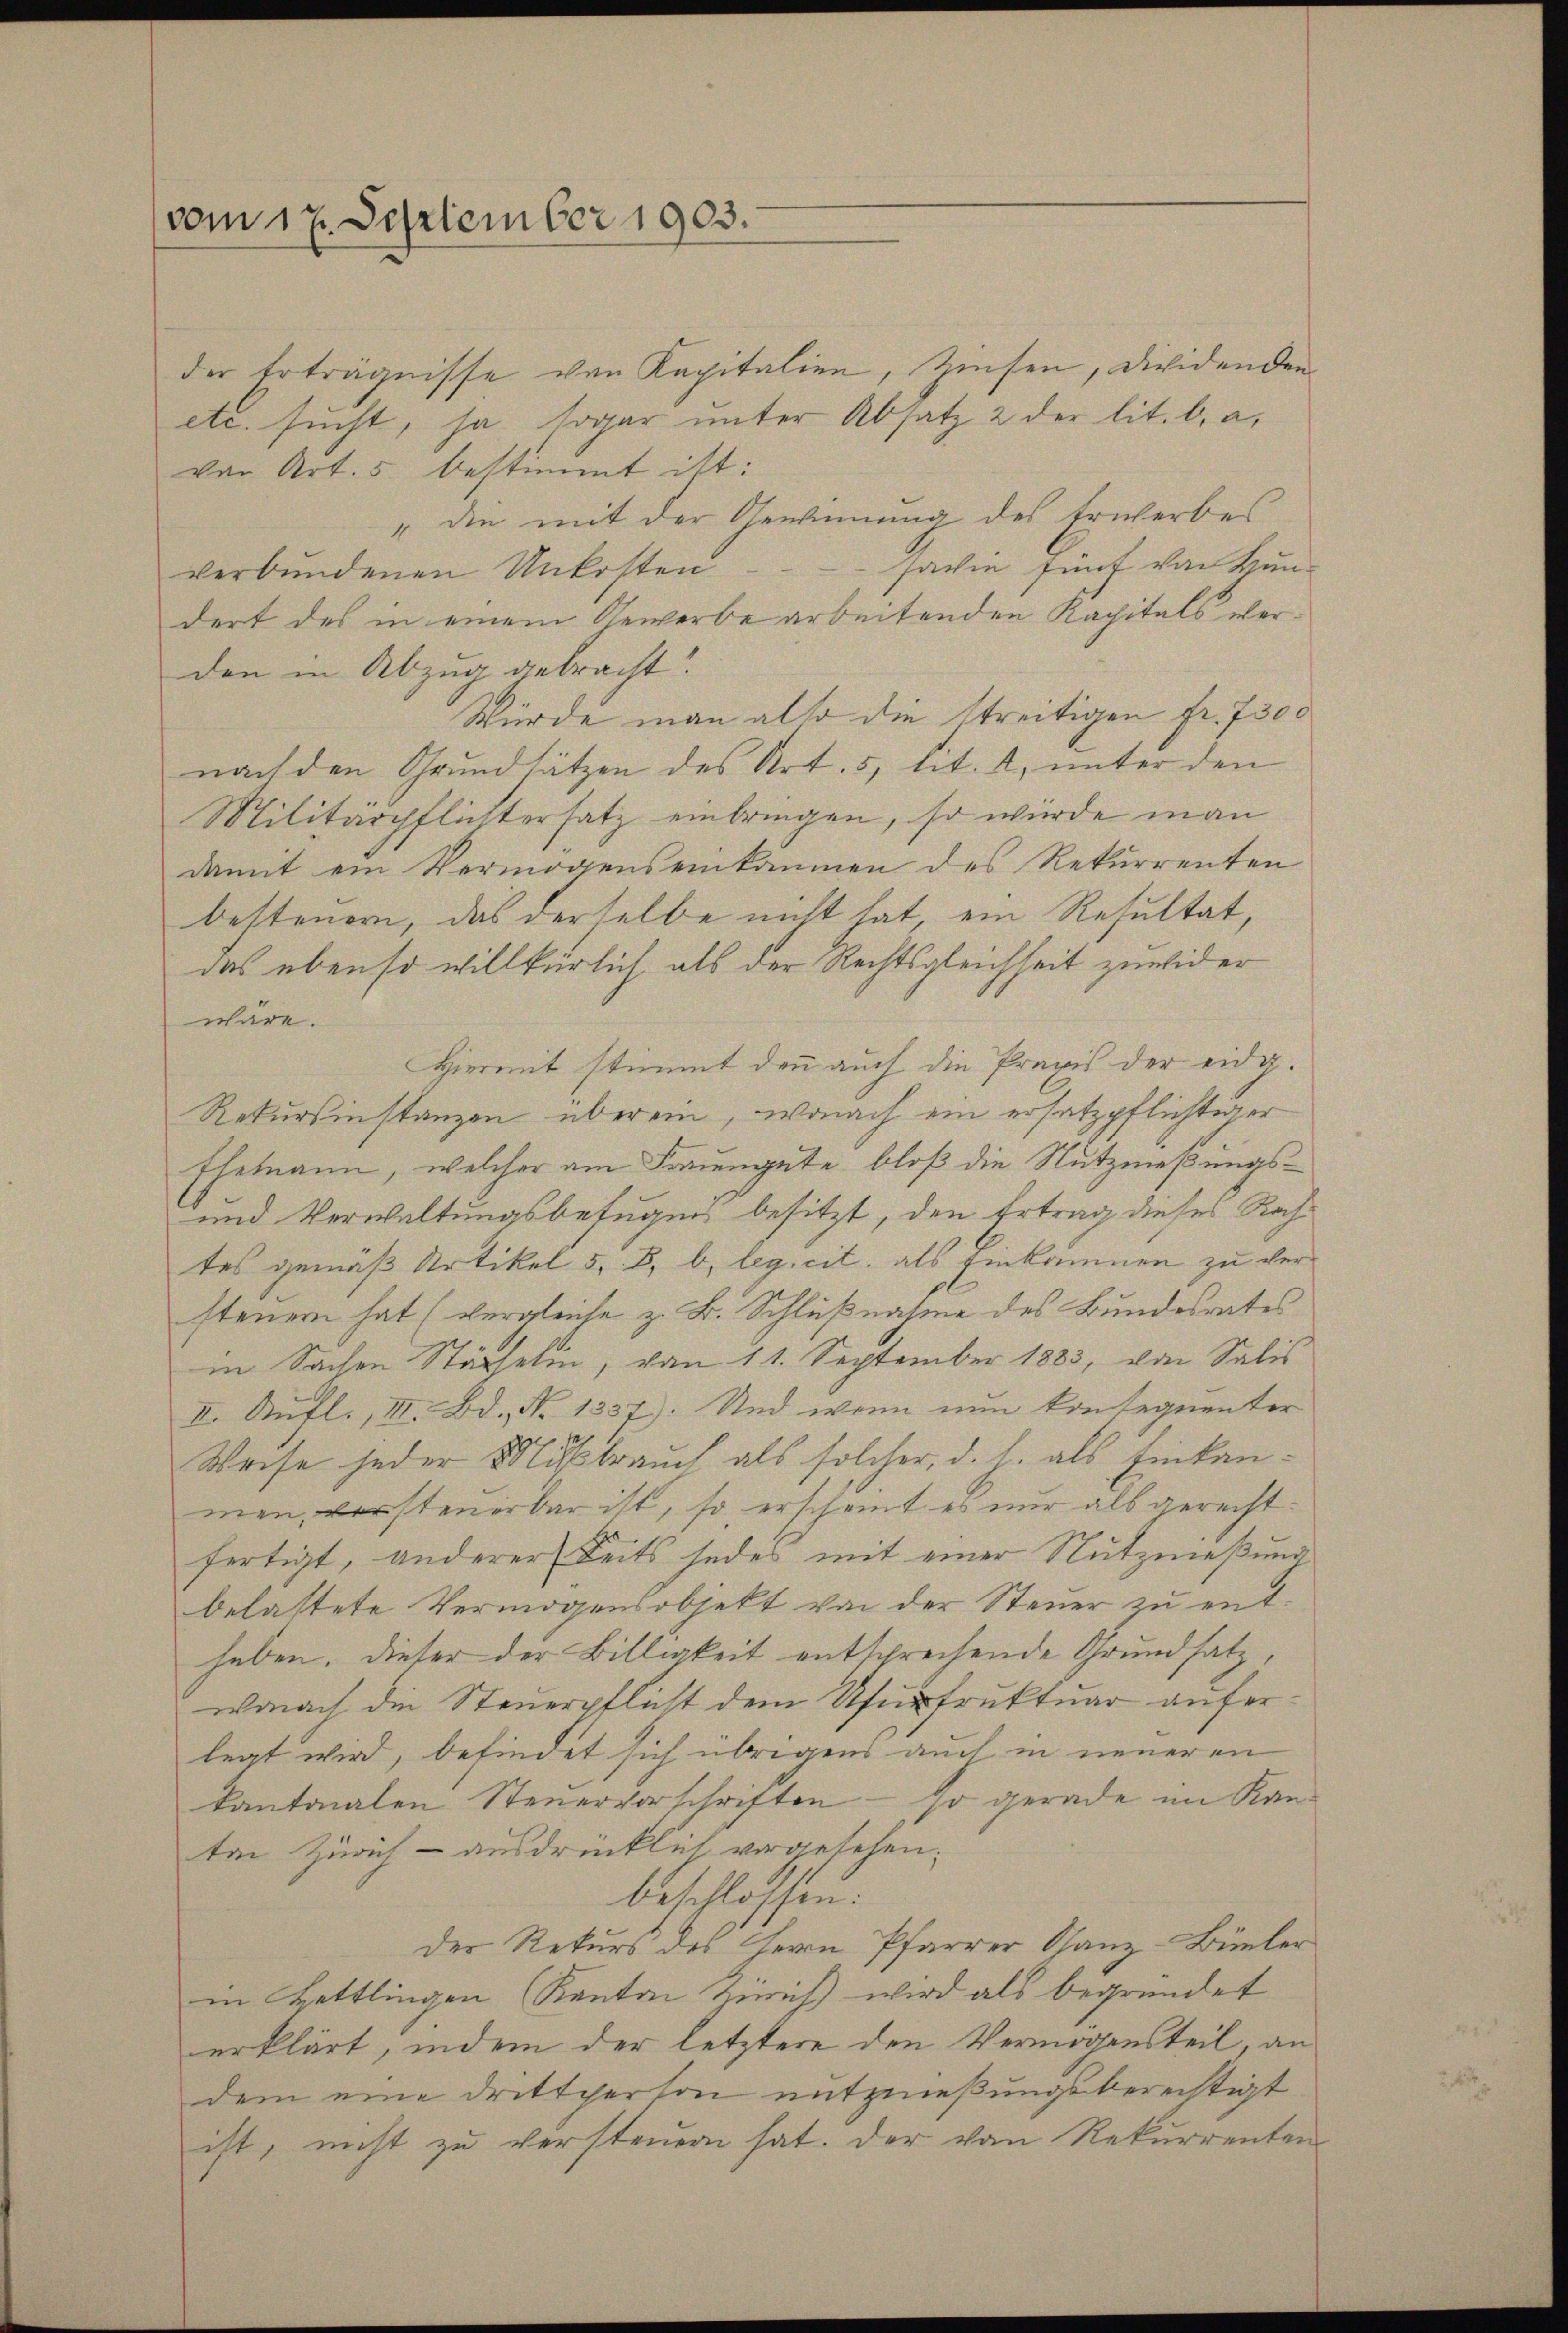
vom 17. September 1903.

der Erträgnisse von Kapitalien, Zinsen, dividenden
etc. sucht, ja sogar unter Absatz 2 der lit. b. a.
von Art. 5 bestimmt ist:
"die mit der Gewinnung des Erwerbes
verbundenen Unkosten - - - - sache fünf von Hundert des in einem Gewerbe arbeitenden Kapitals werden in Abzug gebracht.
Würde man also die streitigen fr. 7300
nach den Grundsätzen des Art. 5, lit. k. unter den
Militärpflichtersatz einbringen, so würde man
damit ein Vermögenseinkommen des Rekurrenten
besteuern, das derselbe nicht hat, ein Resultat,
das ebenso willkürlich als der Rechtsgleichheit zuwider
wäre.
Hiermit stimmt denn auch die Praxis der eidg.
Rekursinstanzen überein, wonach ein ersatzpflichtiger
Ehemann, welcher am Frauengute, bloß die Nutzmeßungs¬
und Verwaltungsbefugen besitzt, den Ertrag dieses Rechtes gemäß Artikel 5. B. b. leg. cit. als Einkommen zu versteuern hat (vergleiche z. B. Schlußnahme des Bundesrates
in Sachen Stächelm, vom 11. September 1883, von Salis
II. Aufl., III. Bd., No 1337). Und wenn nun konsequenter
Weise jeder Mißbrauch als solcher, d. h. als Einkanmen, versteuerbar ist, so erscheint es nur als gerechtfertigt, anderer Seits jedes mit einer Nutznießung
belastete Vermögensobjekt von der Steuer zu enthaben. Dieser der Billigkeit entsprechende Grundsatz,
wonach die Steuerpflicht dem Usufruktuar auferlegt wird, befindet sich übrigens auch in neueren
kantonalen Steuervorschriften – so gerade im Kanten Zürich - ausdrücklich vorgesehen;
beschlossen:
Der Rekurs des Herrn Pfarrer Kanz-Büeler
in Hettlingen Kanton Zürich wird als begründet
erklärt, indem der letztere den Vermögensteil, an
dem eine drittperson entznießungsberechtigt
ist, nicht zu versteuern hat. Der von Rekurrenten